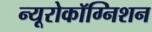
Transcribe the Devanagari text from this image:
न्यूरोकॉग्निशन